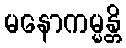
မနောကမ္မန္တိ